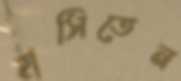
হাসিতেন